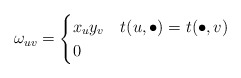
\begin{align*}\omega_{uv} = \begin{cases}x_u y_v & t(u,\bullet) = t(\bullet,v) \\0 & \end{cases}\end{align*}